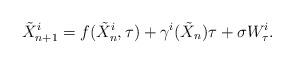
LaTeX: \begin{align*}\tilde X_{n+1}^i = f(\tilde X_n^i,\tau) + \gamma^i(\tilde X_n)\tau + \sigma W_\tau^i.\end{align*}